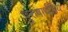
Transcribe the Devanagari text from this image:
पुरुषार्थप्रिय